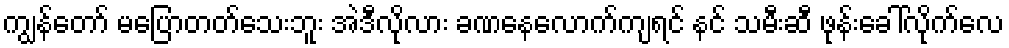
ကျွန်တော် မပြောတတ်သေးဘူး အဲဒီလိုလား ခဏနေလောက်ကျရင် နင် သမီးဆီ ဖုန်းခေါ်လိုက်လေ